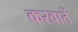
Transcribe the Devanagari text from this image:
करवातें